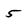
Character: 5